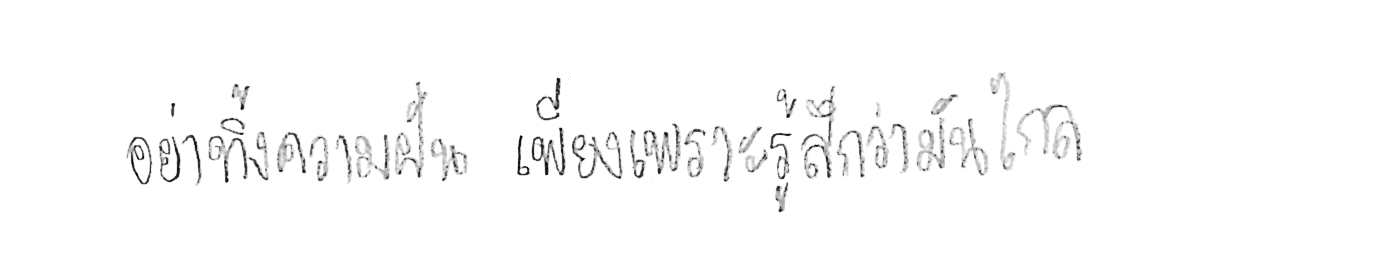
อย่าทิ้งความฝัน เพียงเพราะรู้สึกว่ามันไกล